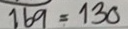
169 = 130